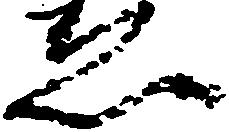
ゑ